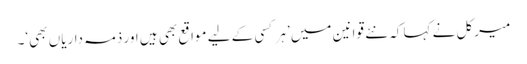
میرکل نے کہا کہ نئے قوانین میں ’ہر کسی کے لیے مواقع بھی ہیں اور ذمہ داریاں بھی‘۔